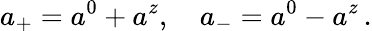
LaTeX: a_{+}=a^{0}+a^{z},\quad a_{-}=a^{0}-a^{z}\, .